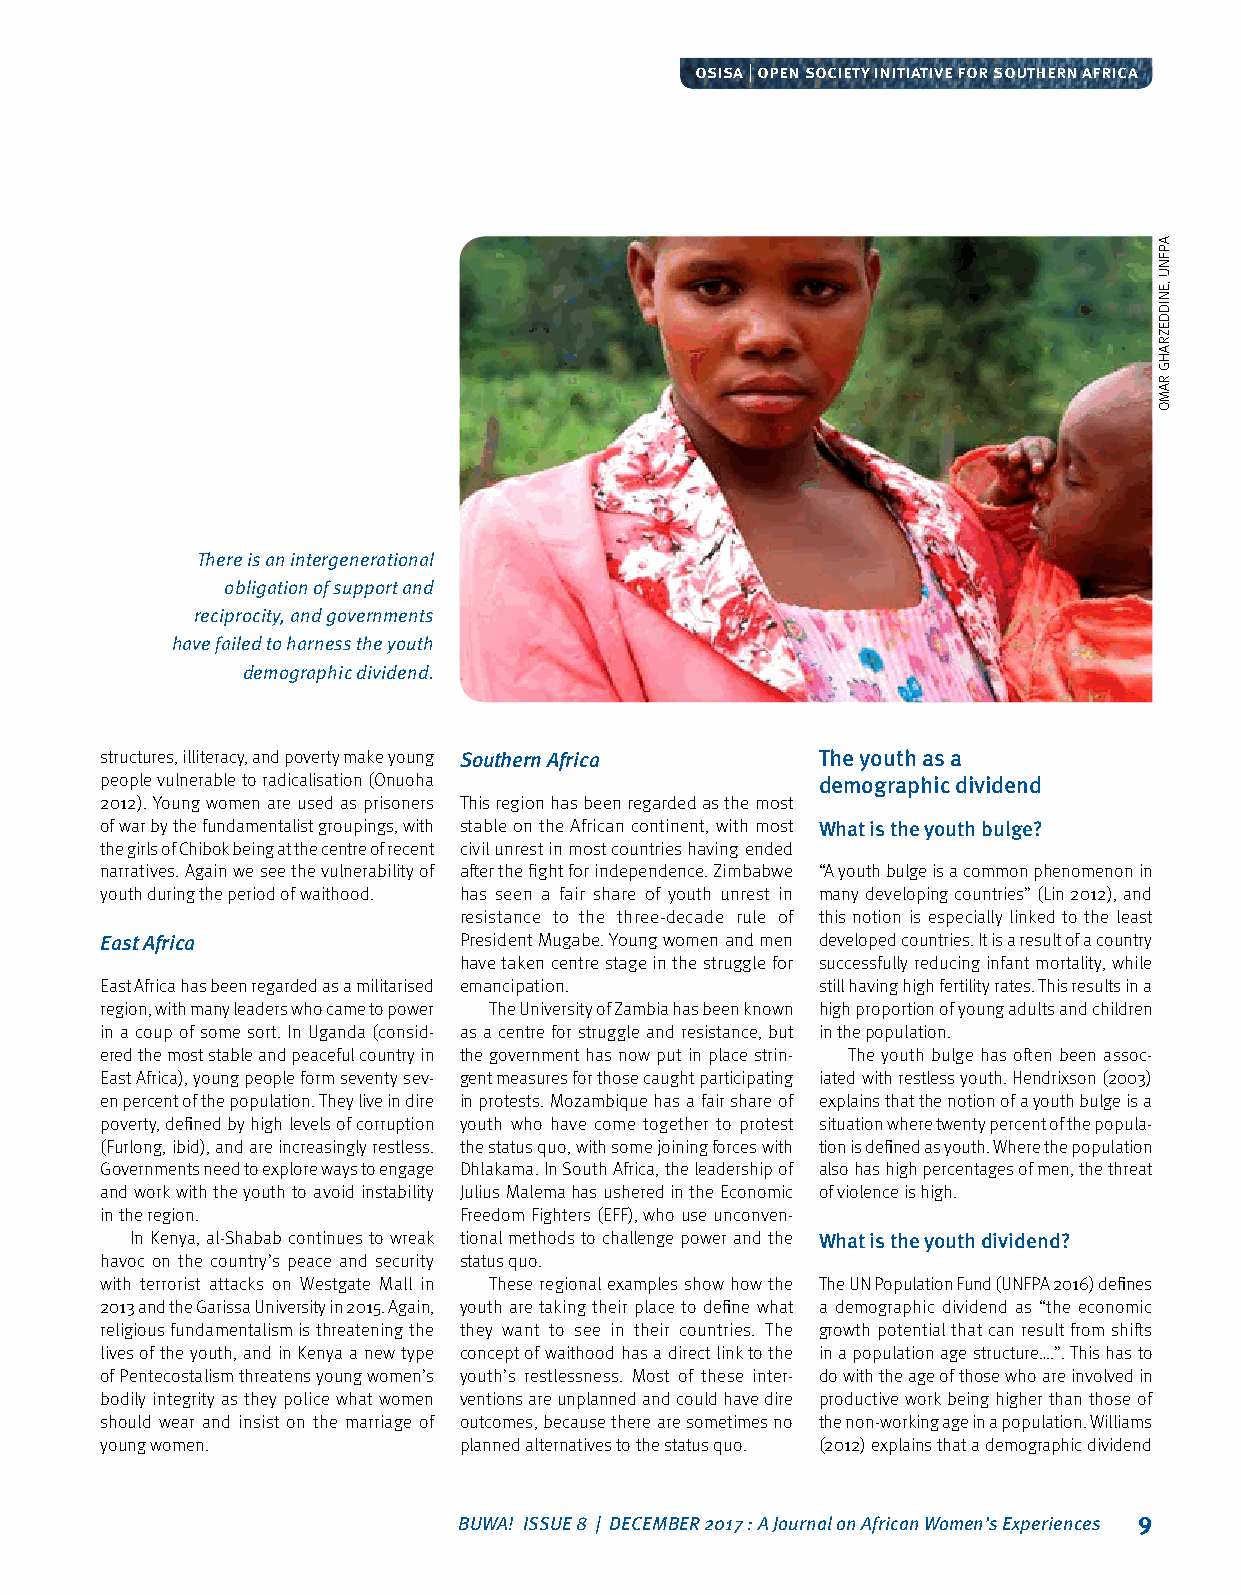
osisa | open society initiative for southern africa
 There is an intergenerational
 obligation of support and
 reciprocity, and governments
 have failed to harness the youth
 demographic dividend.
 structures, illiteracy, and poverty make young Southern Africa The youth as a
 people vulnerable to radicalisation (Onuoha    demographic dividend
 2012). Young women are used as prisoners This region has been regarded as the most
 of war by the fundamentalist groupings, with stable on the African continent, with most What is the youth bulge?
 the girls of Chibok being at the centre of recent civil unrest in most countries having ended
 narratives. Again we see the vulnerability of after the fight for independence. Zimbabwe “A youth bulge is a common phenomenon in
 youth during the period of waithood. has seen a fair share of youth unrest in many developing countries” (Lin 2012), and
 resistance to the three‑decade rule of this notion is especially linked to the least
 East Africa            President Mugabe. Young women and men developed countries. It is a result of a country
 have taken centre stage in the struggle for successfully reducing infant mortality, while
 East Africa has been regarded as a militarised emancipation. still having high fertility rates. This results in a
 region, with many leaders who came to power The University of Zambia has been known high proportion of young adults and children
 in a coup of some sort. In Uganda (consid‑ as a centre for struggle and resistance, but in the population.
 ered the most stable and peaceful country in the government has now put in place strin‑ The youth bulge has often been assoc‑
 East Africa), young people form seventy sev‑ gent measures for those caught participating iated with restless youth. Hendrixson (2003)
 en percent of the population. They live in dire in protests. Mozambique has a fair share of explains that the notion of a youth bulge is a
 poverty, defined by high levels of corruption youth who have come together to protest situation where twenty percent of the popula‑
 (Furlong, ibid), and are increasingly restless. the status quo, with some joining forces with tion is defined as youth. Where the population
 Governments need to explore ways to engage Dhlakama. In South Africa, the leadership of also has high percentages of men, the threat
 and work with the youth to avoid instability Julius Malema has ushered in the Economic of violence is high.
 in the region.         Freedom Fighters (EFF), who use unconven‑
 In Kenya, al‑Shabab continues to wreak tional methods to challenge power and the What is the youth dividend?
 havoc on the country’s peace and security status quo.
 with terrorist attacks on Westgate Mall in These regional examples show how the The UN Population Fund (UNFPA 2016) defines
 2013 and the Garissa University in 2015. Again, youth are taking their place to define what a demographic dividend as “the economic
 religious fundamentalism is threatening the they want to see in their countries. The growth potential that can result from shifts
 lives of the youth, and in Kenya a new type concept of waithood has a direct link to the in a population age structure….”. This has to
 of Pentecostalism threatens young women’s youth’s restlessness. Most of these inter‑ do with the age of those who are involved in
 bodily integrity as they police what women ventions are unplanned and could have dire productive work being higher than those of
 should wear and insist on the marriage of outcomes, because there are sometimes no the non‑working age in a population. Williams
 young women.           planned alternatives to the status quo. (2012) explains that a demographic dividend
 BUWA! ISSUE 8 | DECEMBER 2017 : A Journal on African Women’s Experiences 9
 APFNU
 ,ENIDDEZRAHG
 RAMO